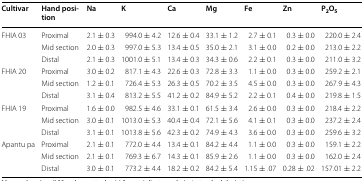
<table><thead><tr><td><b>Cultivar</b></td><td><b>Hand position</b></td><td><b>Na</b></td><td><b>K</b></td><td><b>Ca</b></td><td><b>Mg</b></td><td><b>Fe</b></td><td><b>Zn</b></td><td><b>P<sub>2</sub>O<sub>5</sub></b></td></tr></thead><tbody><tr><td rowspan="3">FHIA 03</td><td>Proximal</td><td>2.1 ± 0.3</td><td>994.0 ± 4.2</td><td>12.6 ± 0.4</td><td>33.1 ± 1.2</td><td>2.7 ± 0.1</td><td>0.3 ± 0.0</td><td>220.0 ± 2.4</td></tr><tr><td>Mid section</td><td>2.0 ± 0.3</td><td>997.0 ± 5.3</td><td>13.4 ± 0.5</td><td>35.0 ± 2.1</td><td>3.1 ± 0.0</td><td>0.2 ± 0.0</td><td>213.0 ± 2.2</td></tr><tr><td>Distal</td><td>2.1 ± 0.3</td><td>1001.0 ± 5.1</td><td>13.4 ± 0.3</td><td>34.3 ± 0.6</td><td>2.2 ± 0.1</td><td>0.3 ± 0.0</td><td>211.0 ± 3.2</td></tr><tr><td rowspan="3">FHIA 20</td><td>Proximal</td><td>3.0 ± 0.2</td><td>817.1 ± 4.3</td><td>22.6 ± 0.3</td><td>72.8 ± 3.3</td><td>1.1 ± 0.0</td><td>0.3 ± 0.0</td><td>259.2 ± 2.1</td></tr><tr><td>Mid section</td><td>1.2 ± 0.1</td><td>726.4 ± 5.3</td><td>26.3 ± 0.5</td><td>70.2 ± 3.5</td><td>4.5 ± 0.0</td><td>0.3 ± 0.0</td><td>267.9 ± 4.3</td></tr><tr><td>Distal</td><td>3.1 ± 0.4</td><td>813.2 ± 5.5</td><td>41.2 ± 0.2</td><td>84.9 ± 5.2</td><td>2.2 ± 0.1</td><td>0.4 ± 0.0</td><td>219.8 ± 1.5</td></tr><tr><td rowspan="3">FHIA 19</td><td>Proximal</td><td>1.6 ± 0.0</td><td>982.5 ± 4.6</td><td>33.1 ± 0.1</td><td>61.5 ± 3.4</td><td>2.6 ± 0.0</td><td>0.3 ± 0.0</td><td>218.4 ± 2.2</td></tr><tr><td>Mid section</td><td>3.0 ± 0.1</td><td>1013.0 ± 5.3</td><td>40.4 ± 0.4</td><td>72.1 ± 5.6</td><td>4.1 ± 0.1</td><td>0.3 ± 0.0</td><td>237.2 ± 2.4</td></tr><tr><td>Distal</td><td>3.1 ± 0.1</td><td>1013.8 ± 5.6</td><td>42.3 ± 0.2</td><td>74.9 ± 4.3</td><td>3.6 ± 0.0</td><td>0.3 ± 0.0</td><td>259.6 ± 3.2</td></tr><tr><td rowspan="3">Apantu pa</td><td>Proximal</td><td>2.1 ± 0.1</td><td>772.0 ± 4.4</td><td>13.4 ± 0.1</td><td>84.2 ± 4.4</td><td>1.1 ± 0.0</td><td>0.3 ± 0.0</td><td>159.1 ± 2.2</td></tr><tr><td>Mid section</td><td>2.1 ± 0.1</td><td>769.3 ± 6.7</td><td>14.3 ± 0.1</td><td>85.9 ± 2.6</td><td>1.1 ± 0.0</td><td>0.3 ± 0.0</td><td>162.0 ± 2.4</td></tr><tr><td>Distal</td><td>3.0 ± 0.1</td><td>773.2 ± 4.4</td><td>18.2 ± 0.2</td><td>84.2 ± 5.4</td><td>1.15 ± .07</td><td>0.28 ± .02</td><td>157.01 ± 2.2</td></tr></tbody></table>